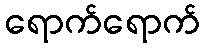
ရောက်ရောက်